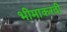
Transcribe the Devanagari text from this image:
भीमाकरवी